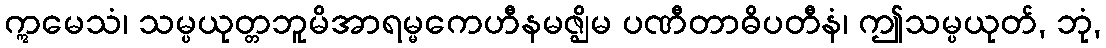
ဣမေသံ၊ သမ္ပယုတ္တဘူမိအာရမ္မကေဟီနမဇ္ဈိမ ပဏီတာဓိပတီနံ၊ ဤသမ္ပယုတ်, ဘုံ,